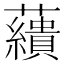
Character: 𧄑